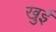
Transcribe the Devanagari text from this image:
खुई